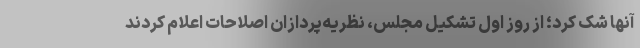
آنها شک کرد؛ از روز اول تشکیل مجلس، نظریه‌پردازان اصلاحات اعلام کردند